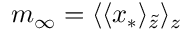
m _ { \infty } = \langle \langle x _ { * } \rangle _ { \tilde { z } } \rangle _ { z }